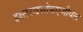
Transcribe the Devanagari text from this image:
इक्ष्तराइसोफएजीयल